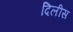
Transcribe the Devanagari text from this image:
दिलीस